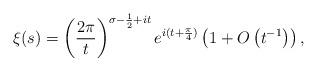
LaTeX: \begin{align*}\xi(s) = \left(\frac {2\pi} {t} \right)^{\sigma-\frac 1 2 +it} e^{i(t+\frac {\pi} 4)} \left(1+ O\left(t^{-1}\right)\right),\end{align*}